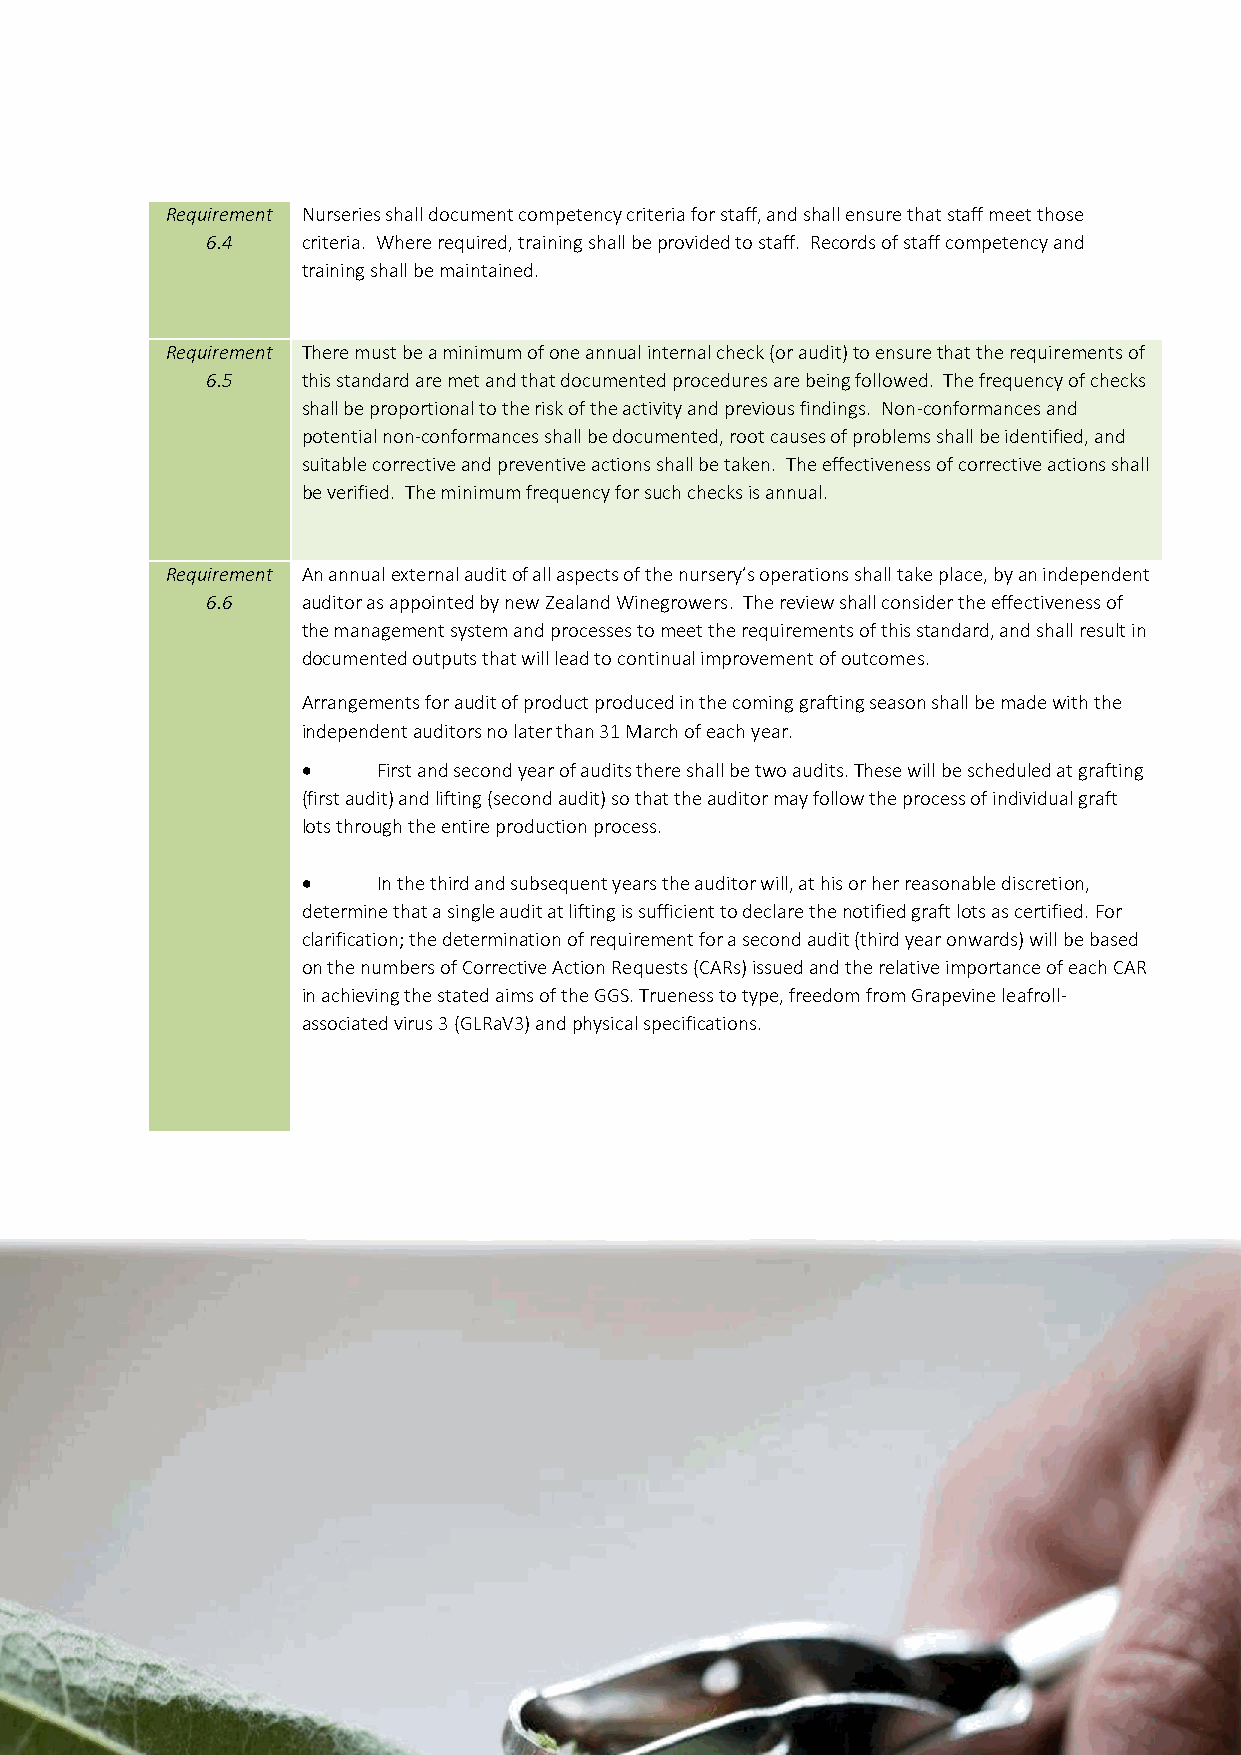
Requirement Nurseries shall document competency criteria for staff, and shall ensure that staff meet those
 6.4   criteria. Where required, training shall be provided to staff. Records of staff competency and
 training shall be maintained.
 Requirement There must be a minimum of one annual internal check (or audit) to ensure that the requirements of
 6.5   this standard are met and that documented procedures are being followed. The frequency of checks
 shall be proportional to the risk of the activity and previous findings. Non-conformances and
 potential non-conformances shall be documented, root causes of problems shall be identified, and
 suitable corrective and preventive actions shall be taken. The effectiveness of corrective actions shall
 be verified. The minimum frequency for such checks is annual.
 Requirement An annual external audit of all aspects of the nursery’s operations shall take place, by an independent
 6.6   auditor as appointed by new Zealand Winegrowers. The review shall consider the effectiveness of
 the management system and processes to meet the requirements of this standard, and shall result in
 documented outputs that will lead to continual improvement of outcomes.
 Arrangements for audit of product produced in the coming grafting season shall be made with the
 independent auditors no later than 31 March of each year.
     First and second year of audits there shall be two audits. These will be scheduled at grafting
 (first audit) and lifting (second audit) so that the auditor may follow the process of individual graft
 lots through the entire production process.
     In the third and subsequent years the auditor will, at his or her reasonable discretion,
 determine that a single audit at lifting is sufficient to declare the notified graft lots as certified. For
 clarification; the determination of requirement for a second audit (third year onwards) will be based
 on the numbers of Corrective Action Requests (CARs) issued and the relative importance of each CAR
 in achieving the stated aims of the GGS. Trueness to type, freedom from Grapevine leafroll-
 associated virus 3 (GLRaV3) and physical specifications.
 23